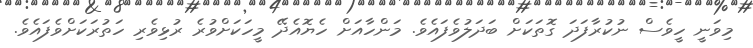
މިވަނީ ހީވެސް ނުކުރާފަދަ ގޮތަކަށް ބަދަލުވެފައެވެ. މަންހާއަށް ހެޔޮއެދޭ މީހަކަށްވުރެ ރުޅިވެރި ހަތުރަކަށްވެފައެވެ.